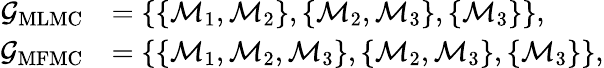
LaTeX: \begin{array}{rl}{\mathcal{G}_{\mathrm{MLMC}}}&{=\left\{ \{ \mathcal{M}_{1},\mathcal{M}_{2}\} ,\{ \mathcal{M}_{2},\mathcal{M}_{3}\} ,\{ \mathcal{M}_{3}\} \right\} ,}\\ {\mathcal{G}_{\mathrm{MFMC}}}&{=\left\{ \{ \mathcal{M}_{1},\mathcal{M}_{2},\mathcal{M}_{3}\} ,\{ \mathcal{M}_{2},\mathcal{M}_{3}\} ,\{ \mathcal{M}_{3}\} \right\} ,}\end{array}